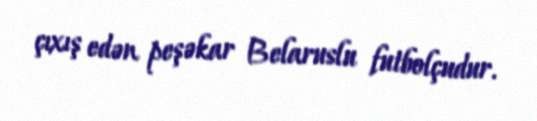
çıxış edən peşəkar Belaruslu futbolçudur.